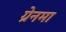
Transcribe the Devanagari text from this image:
ग्रेनमा